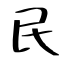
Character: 民